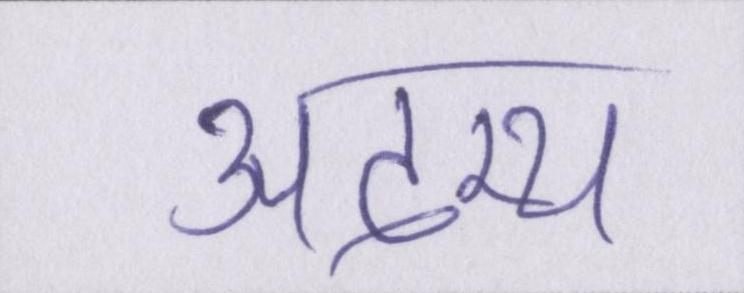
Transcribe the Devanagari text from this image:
अदम्य